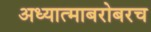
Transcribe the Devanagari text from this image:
अध्यात्माबरोबरच